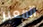
المعبر